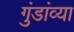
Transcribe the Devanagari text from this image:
गुंडांव्या